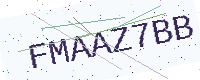
Text: FMAAZ7BB